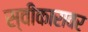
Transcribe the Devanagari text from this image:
स्वीकारावर